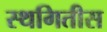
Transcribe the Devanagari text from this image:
स्थगितीस